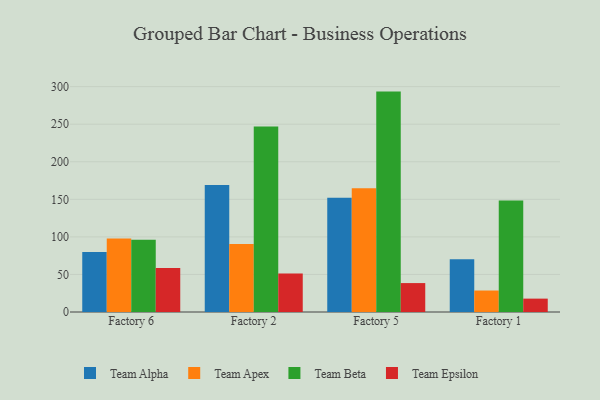
{"axis": {"x": "Factory", "y": "Tickets Resolved"}, "legend": ["Team Alpha", "Team Apex", "Team Beta", "Team Epsilon"], "data": [{"x": "Factory 6", "y": 80.0, "type": "Team Alpha"}, {"x": "Factory 6", "y": 97.7, "type": "Team Apex"}, {"x": "Factory 6", "y": 96.3, "type": "Team Beta"}, {"x": "Factory 6", "y": 58.6, "type": "Team Epsilon"}, {"x": "Factory 2", "y": 168.9, "type": "Team Alpha"}, {"x": "Factory 2", "y": 90.5, "type": "Team Apex"}, {"x": "Factory 2", "y": 246.9, "type": "Team Beta"}, {"x": "Factory 2", "y": 51.4, "type": "Team Epsilon"}, {"x": "Factory 5", "y": 152.1, "type": "Team Alpha"}, {"x": "Factory 5", "y": 164.8, "type": "Team Apex"}, {"x": "Factory 5", "y": 293.4, "type": "Team Beta"}, {"x": "Factory 5", "y": 38.5, "type": "Team Epsilon"}, {"x": "Factory 1", "y": 70.3, "type": "Team Alpha"}, {"x": "Factory 1", "y": 28.6, "type": "Team Apex"}, {"x": "Factory 1", "y": 148.4, "type": "Team Beta"}, {"x": "Factory 1", "y": 17.8, "type": "Team Epsilon"}]}